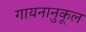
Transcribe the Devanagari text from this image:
गायनानुकूल